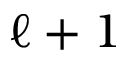
{ \ell + 1 }